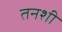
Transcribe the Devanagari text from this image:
तनशी